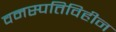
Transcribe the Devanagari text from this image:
वनस्पतिविहीन